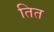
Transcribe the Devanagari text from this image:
तित